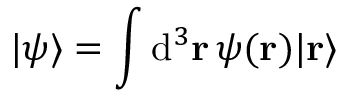
| \psi \rangle = \int \mathrm { d } ^ { 3 } \mathbf { r } \, \psi ( \mathbf { r } ) | \mathbf { r } \rangle